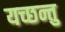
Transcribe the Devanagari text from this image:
यच्छन्तु